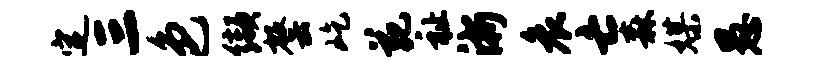
定三色缬罄屹苑祉浙哀亡森媒愚